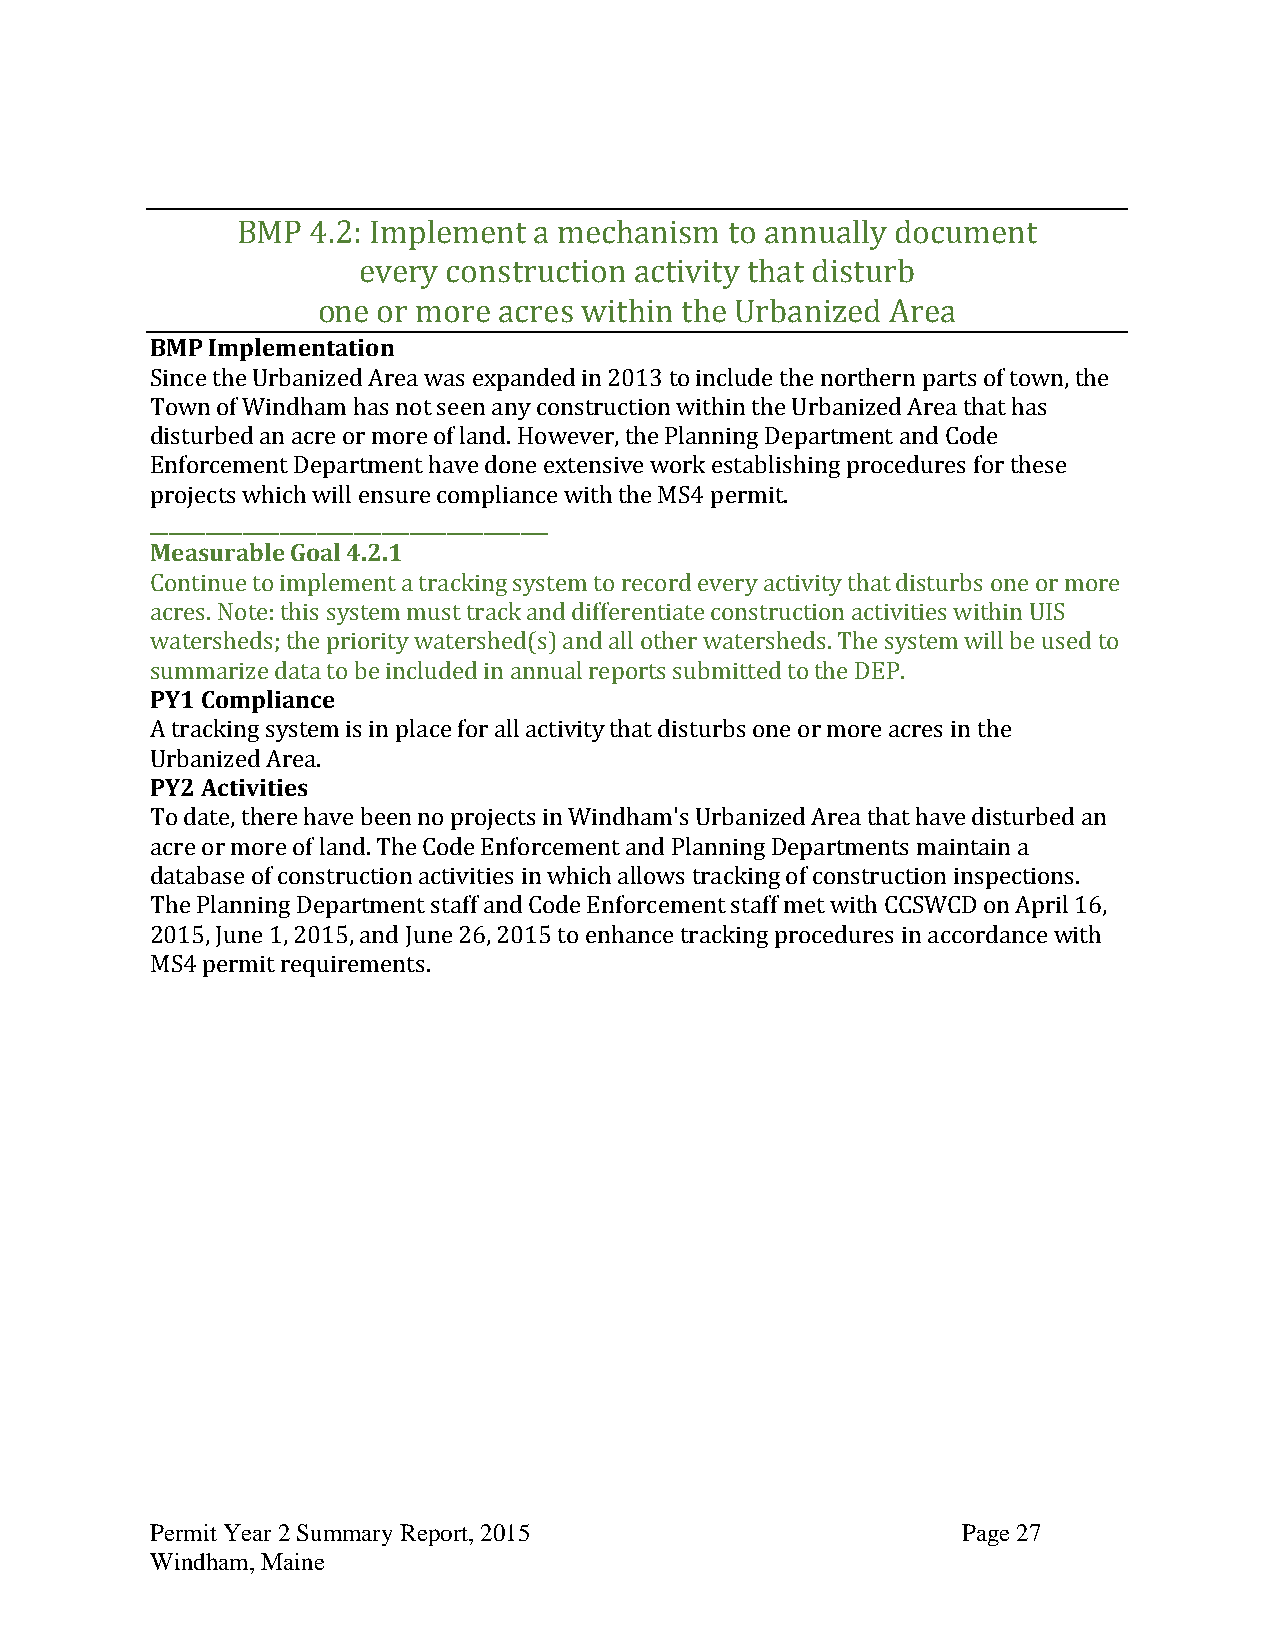
BMP  4.2: Implement a mechanism to annually document
 every construction activity that disturb
 one or more acres within the Urbanized Area
 BMP Implementation
 Since the Urbanized Area was expanded in 2013 to include the northern parts of town, the
 Town of Windham has not seen any construction within the Urbanized Area that has
 disturbed an acre or more of land. However, the Planning Department and Code
 Enforcement Department have done extensive work establishing procedures for these
 projects which will ensure compliance with the MS4 permit.
 ___________________________________________
 Measurable Goal 4.2.1
 Continue to implement a tracking system to record every activity that disturbs one or more
 acres. Note: this system must track and differentiate construction activities within UIS
 watersheds; the priority watershed(s) and all other watersheds. The system will be used to
 summarize data to be included in annual reports submitted to the DEP.
 PY1 Compliance
 A tracking system is in place for all activity that disturbs one or more acres in the
 Urbanized Area.
 PY2 Activities
 To date, there have been no projects in Windham's Urbanized Area that have disturbed an
 acre or more of land. The Code Enforcement and Planning Departments maintain a
 database of construction activities in which allows tracking of construction inspections.
 The Planning Department staff and Code Enforcement staff met with CCSWCD on April 16,
 2015, June 1, 2015, and June 26, 2015 to enhance tracking procedures in accordance with
 MS4 permit requirements.
 Permit Year 2 Summary Report, 2015                    Page 27
 Windham, Maine